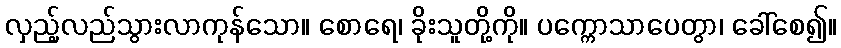
လှည့်လည်သွားလာကုန်သော။ စောရေ၊ ခိုးသူတို့ကို။ ပက္ကောသာပေတွာ၊ ခေါ်စေ၍။